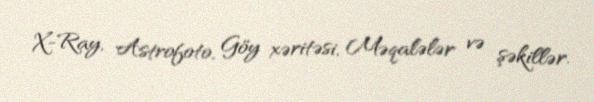
X-Ray, Astrofoto, Göy xəritəsi, Məqalələr və şəkillər.